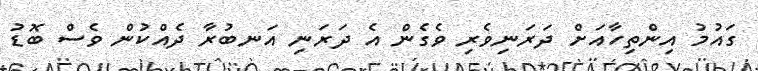
ގައުމު އިންތިހާއަށް ދަރަނިވެރި ވެގެން އެ ދަރަނި އަނބުރާ ދެއްކުން ވެސް ބޮޑު